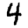
Digit: 4